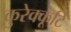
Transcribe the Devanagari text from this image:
कुरेक्कूटि